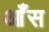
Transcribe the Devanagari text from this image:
आँस